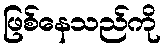
ဖြစ်နေသည်ကို